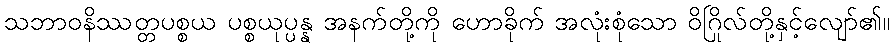
သဘာဝနိဿတ္တပစ္စယ ပစ္စယုပ္ပန္န အနက်တို့ကို ဟောခိုက် အလုံးစုံသော ဝိဂြိုလ်တို့နှင့်လျော်၏။